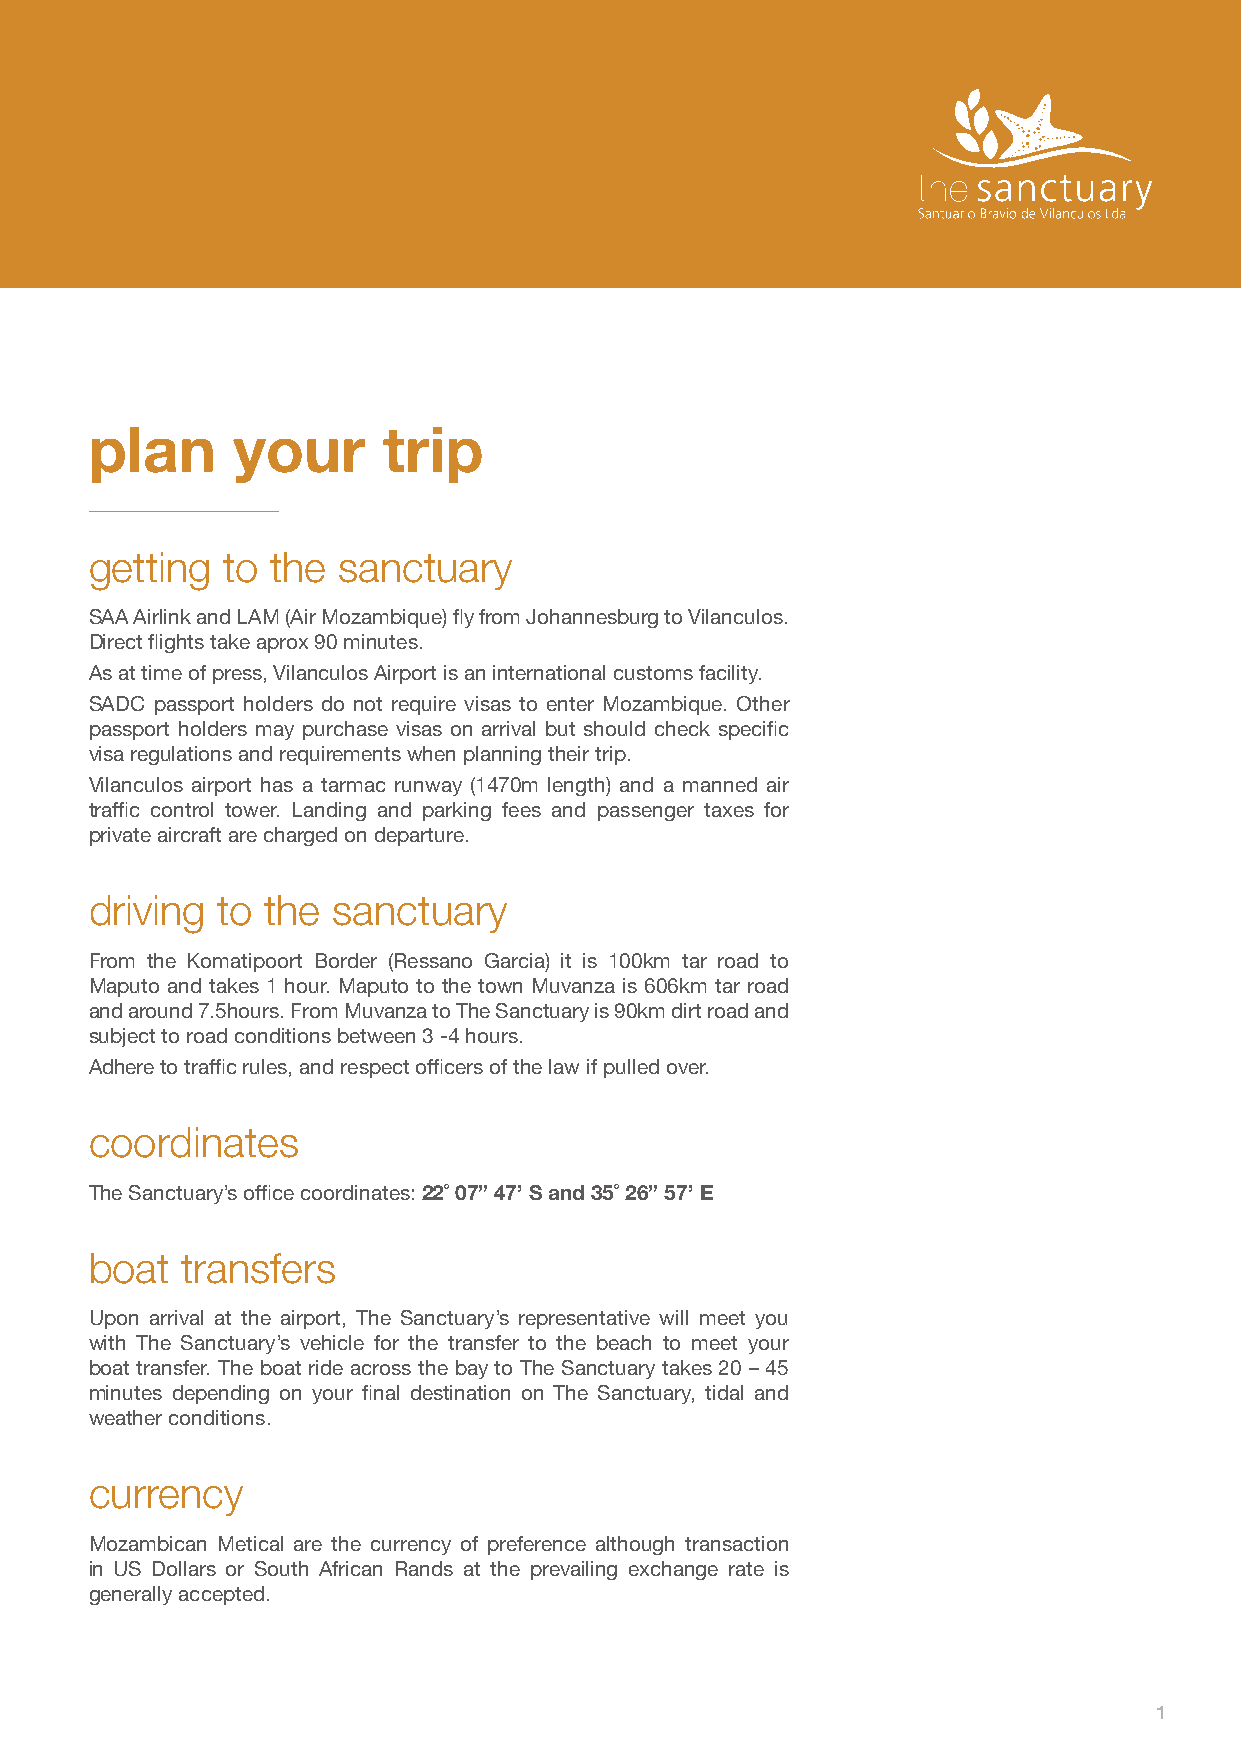
plan     your      trip
 getting  to the sanctuary
 SAA Airlink and LAM (Air Mozambique) fly from Johannesburg to Vilanculos.
 Direct flights take aprox 90 minutes.
 As at time of press, Vilanculos Airport is an international customs facility.
 SADC passport holders do not require visas to enter Mozambique. Other
 passport holders may purchase visas on arrival but should check specific
 visa regulations and requirements when planning their trip.
 Vilanculos airport has a tarmac runway (1470m length) and a manned air
 traffic control tower. Landing and parking fees and passenger taxes for
 private aircraft are charged on departure.
 driving to  the sanctuary
 From the Komatipoort Border (Ressano Garcia) it is 100km tar road to
 Maputo and takes 1 hour. Maputo to the town Muvanza is 606km tar road
 and around 7.5hours. From Muvanza to The Sanctuary is 90km dirt road and
 subject to road conditions between 3 -4 hours.
 Adhere to traffic rules, and respect officers of the law if pulled over.
 coordinates
 The Sanctuary’s office coordinates: 22˚ 07” 47’ S and 35˚ 26” 57’ E
 boat  transfers
 Upon arrival at the airport, The Sanctuary’s representative will meet you
 with The Sanctuary’s vehicle for the transfer to the beach to meet your
 boat transfer. The boat ride across the bay to The Sanctuary takes 20 – 45
 minutes depending on your final destination on The Sanctuary, tidal and
 weather conditions.
 currency
 Mozambican Metical are the currency of preference although transaction
 in US Dollars or South African Rands at the prevailing exchange rate is
 generally accepted.
 1